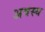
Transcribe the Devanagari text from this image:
अवस्य